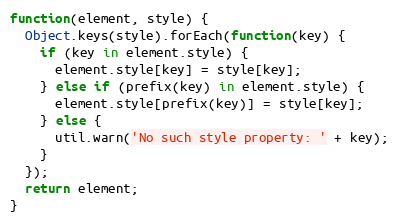
Language: JavaScript
function(element, style) {
  Object.keys(style).forEach(function(key) {
    if (key in element.style) {
      element.style[key] = style[key];
    } else if (prefix(key) in element.style) {
      element.style[prefix(key)] = style[key];
    } else {
      util.warn('No such style property: ' + key);
    }
  });
  return element;
}